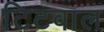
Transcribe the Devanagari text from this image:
टिटवाल